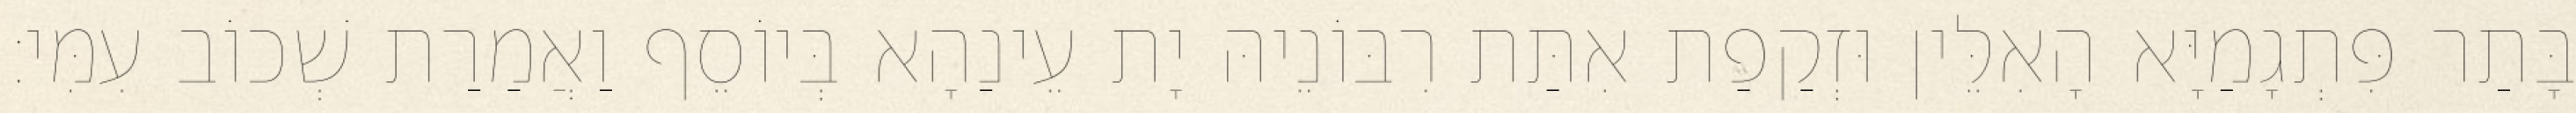
בָּתַר פִּתְגָמַיָּא הָאִלֵּין וּזְקַפַת אִתַּת רִבּוֹנֵיהּ יָת עֵינַהָא בְּיוֹסֵף וַאֲמַרַת שְׁכוֹב עִמִּי׃